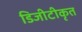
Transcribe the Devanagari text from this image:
डिजीटीकृत